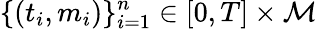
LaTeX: \{ (t_{i},m_{i})\} _{i=1}^{n}\in[0,T]\times\mathcal{M}